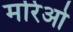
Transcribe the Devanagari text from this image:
मरिओ